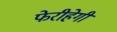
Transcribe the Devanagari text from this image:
फेरीहेगी